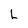
Character: L